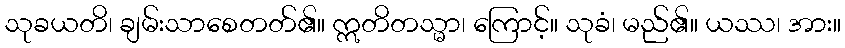
သုခယတိ၊ ချမ်းသာစေတတ်၏။ ဣတိတသ္မာ၊ ကြောင့်။ သုခံ၊ မည်၏။ ယဿ၊ အား။